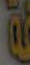
!